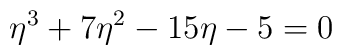
\eta^3 + 7\eta^2 - 15\eta - 5 = 0